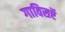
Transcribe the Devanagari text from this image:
गाविसऍ